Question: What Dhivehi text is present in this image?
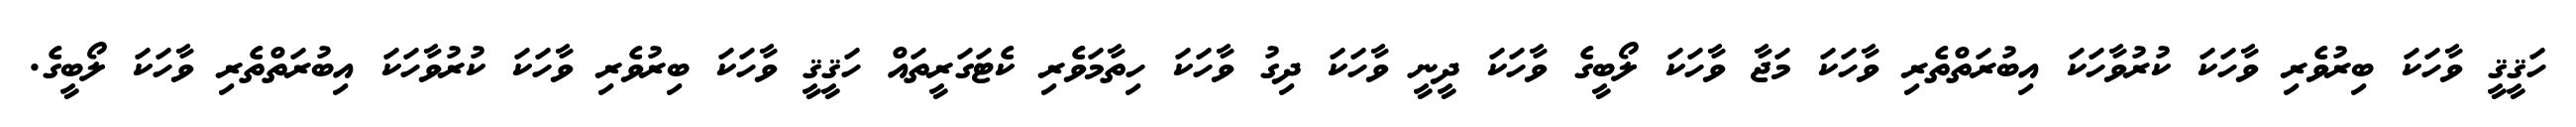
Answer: ހަޤީޤީ ވާހަކަ ބިރުވެރި ވާހަކަ ކުރުވާހަކަ އިބުރަތްތެރި ވާހަކަ މަޖާ ވާހަކަ ލޯބީގެ ވާހަކަ ދީނީ ވާހަކަ ދިގު ވާހަކަ ހިތާމަވެރި ކެޓަގަރީތައް ހަޤީޤީ ވާހަކަ ބިރުވެރި ވާހަކަ ކުރުވާހަކަ އިބުރަތްތެރި ވާހަކަ ލޯބީގެ.